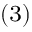
_ { ( 3 ) }